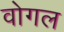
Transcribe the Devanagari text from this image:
वोगल